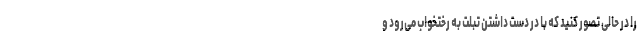
را در حالی تصور کنید که با در دست داشتن تبلت به رختخواب می‌رود و